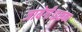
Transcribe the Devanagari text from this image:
जायेगी।इसका